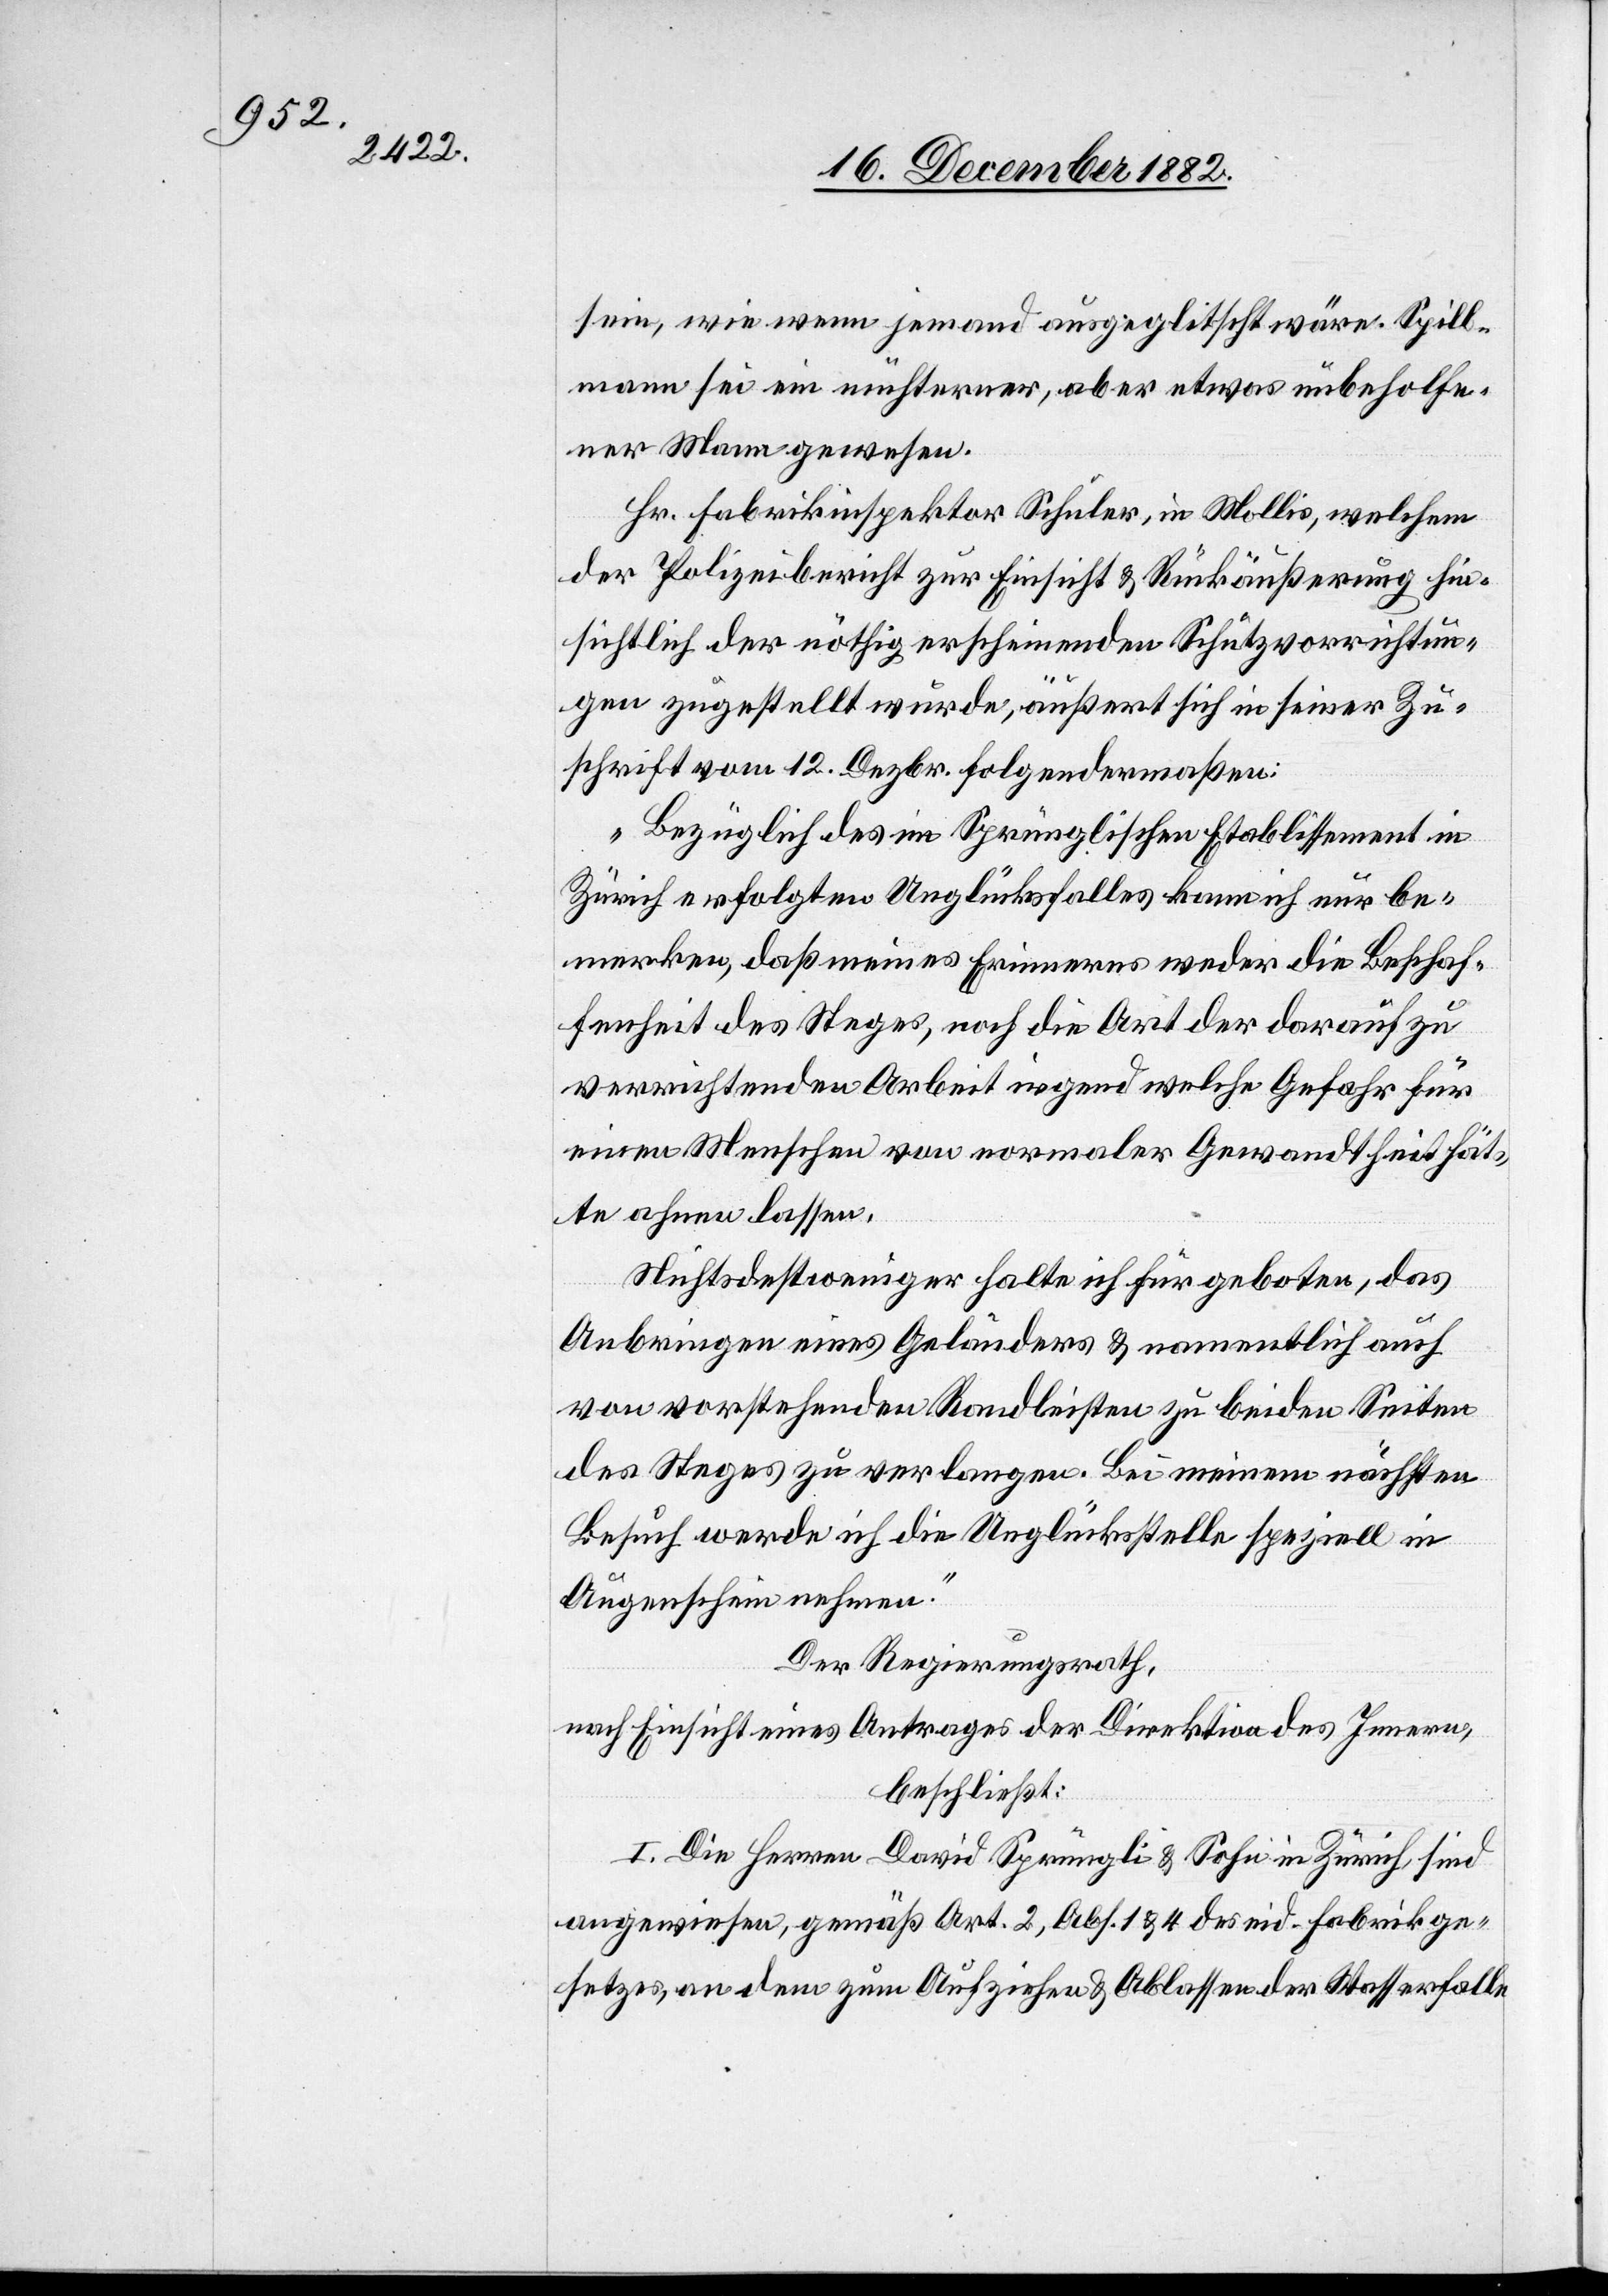
sein, wie wenn jemand ausgeglitscht wäre. Spill¬
mann sei ein nüchterner, aber etwas unbeholfe¬
ner Mann gewesen.
Hr. Fabrikinspektor Schuler, in Mollis, welchem
der Polizeibericht zur Einsicht & Rückäußerung hin¬
sichtlich der nöthig erscheinenden Schutzvorrichtun¬
gen zugestellt wurde, äußert sich in seiner Zu¬
schritt vom 12. Dezbr. folgendermaßen:
„Bezüglich des im Sprünglischen Etablissement in
Zürich erfolgten Unglücksfalles kann ich nur be¬
merken, daß meines Erinnerns weder die Beschaf¬
fenheit des Steges, noch die Art der darauf zu
verrichtenden Arbeit irgend welche Gefahr für
einen Menschen von normaler Gewandtheit hät¬
te ahnen lassen.
Nichtsdestoweniger halte ich für geboten, das
Anbringen eines Geländers & namentlich auch
von vorstehenden Randleisten zu beiden Seiten
des Steges zu verlangen. Bei meinem nächsten
Besuch werde ich die Unglücksstelle speziell in
Augenschein nehmen.“
Der Regierungsrath,
nach Einsicht eines Antrages der Direktion des Innern,
beschließt:
I. Die Herren David Sprüngli & Sohn in Zürich, sind
angewiesen, gemäß Art. 2, Abs. 1 & 4 des eid. Fabrikge¬
setzes, an dem zum Aufziehen & Ablassen der Wasserfalle